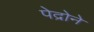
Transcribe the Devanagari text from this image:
पेद्रोने